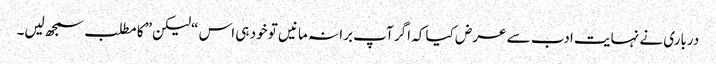
درباری نے نہایت ادب سے عرض کیا کہ اگر آپ برا نہ مانیں تو خود ہی اس “لیکن” کا مطلب سمجھ لیں۔